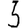
Digit: 3